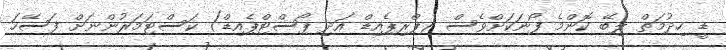
ޑީ ހިދުމަތް ލިބޭ ކޮންމެ ފޯނަކަށްވެސް (ޕްރިޕެއިޑް އަދި ޕޯސްޓްޕެއިޑް) ކަސްޓަމަރުންނަށް ފަސޭހަ